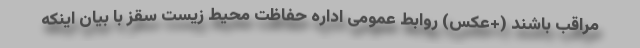
مراقب باشند (+عکس) روابط عمومی اداره حفاظت محیط زیست سقز با بیان اینکه